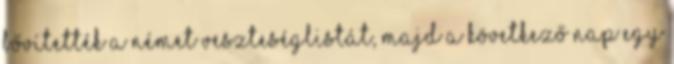
bővítették a német veszteséglistát, majd a következő nap egy